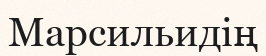
Марсильидің